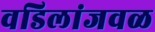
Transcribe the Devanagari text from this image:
वडिलांजवळ